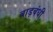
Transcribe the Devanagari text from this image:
बाड़बंधी